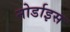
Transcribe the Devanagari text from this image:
नोर्डाइस